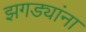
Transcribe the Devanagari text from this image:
झगड्यांना